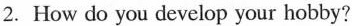
2.How do you develop your hobby?